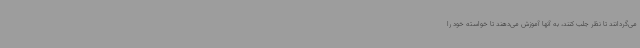
می‌گردانند تا نظر جلب کنند، به آنها آموزش می‌دهند تا خواسته خود را